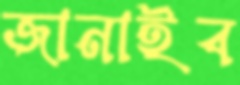
জানাইব